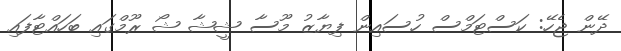
ދޭން ޖެހޭ: ކަސްޓަމްސް ހުސައިން ފިޔާޒު މޫސާ ޝީޝާ ޝޯ ރޫމްގައި ބަހައްޓާފައި